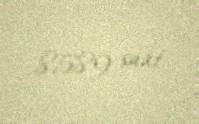
8589 saat